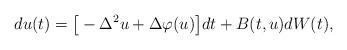
LaTeX: \begin{align*}d u(t) = \big[ - \Delta^2 u + \Delta \varphi(u) \big] dt + B(t,u) dW(t) ,\end{align*}